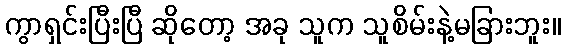
ကွာရှင်းပြီးပြီ ဆိုတော့ အခု သူက သူစိမ်းနဲ့မခြားဘူး။